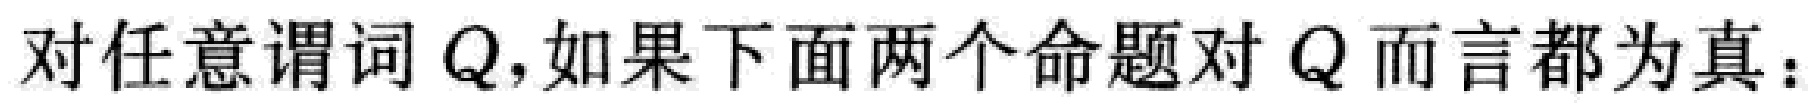
对任意谓词 \(Q\)，如果下面两个命题对 \(Q\) 而言都为真：